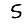
Digit: 5